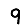
Digit: 9